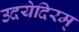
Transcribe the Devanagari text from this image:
उदयेदिरम्